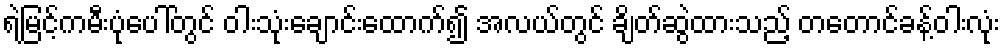
ရဲမြင့်ကမီးပုံပေါ်တွင် ဝါးသုံးချောင်းထောက်၍ အလယ်တွင် ချိတ်ဆွဲထားသည့် တတောင်ခန့်ဝါးလုံး